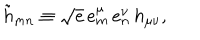
LaTeX: \tilde { h } _ { m n } \equiv \sqrt { e } \, e _ { m } ^ { \mu } \, e _ { n } ^ { \nu } \, h _ { \mu \nu } ,